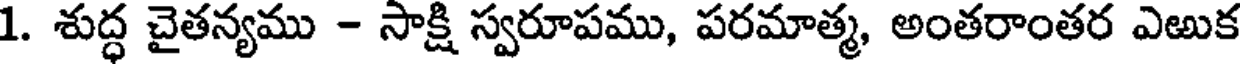
1. శుద్ధ చైతన్యము - సాక్షి స్వరూపము, పరమాత్మ, అంతరాంతర ఎఱుక